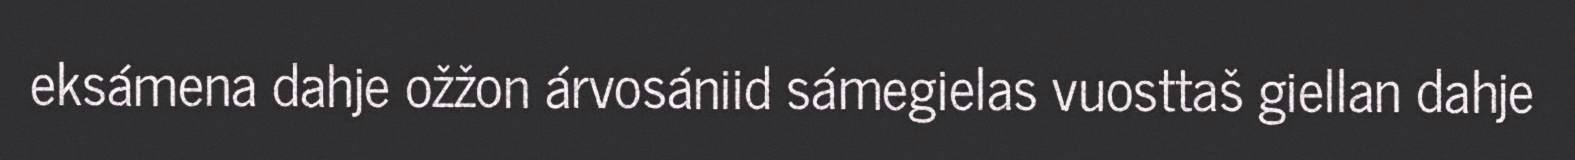
eksámena dahje ožžon árvosániid sámegielas vuosttaš giellan dahje